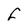
Character: F